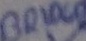
Text: BRIDGE